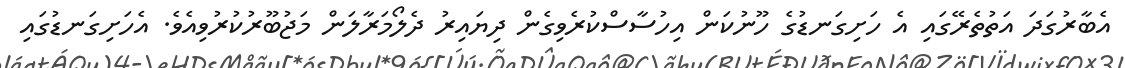
އެބާރުގަދަ އަތުތެރޭގައި އެ ހަށިގަނޑުގެ ހޫނުކަން އިހުސާސްކުރެވިގެން ދިޔައިރު ދެލޯމަރާލަން މަޖުބޫރުކުރުވިއެވެ. އެހަށިގަނޑުގައި